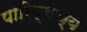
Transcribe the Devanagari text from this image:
पारिव्राज्य